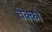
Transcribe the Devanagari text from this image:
चेक्को